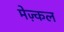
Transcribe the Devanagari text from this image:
मेज़्कल